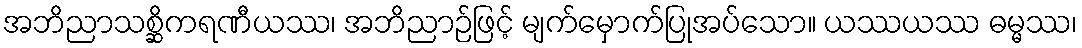
အဘိညာသစ္ဆိကရဏီယဿ၊ အဘိညာဉ်ဖြင့် မျက်မှောက်ပြုအပ်သော။ ယဿယဿ ဓမ္မဿ၊